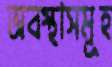
অবস্থাসমূহ